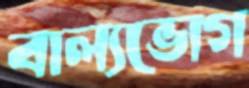
বাল্যভোগ